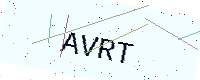
Text: AVRT